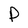
Character: D